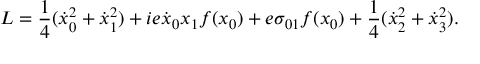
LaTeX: L = { \frac { 1 } { 4 } } ( \dot { x } _ { 0 } ^ { 2 } + \dot { x } _ { 1 } ^ { 2 } ) + i e \dot { x } _ { 0 } x _ { 1 } f ( x _ { 0 } ) + e \sigma _ { 0 1 } f ( x _ { 0 } ) + { \frac { 1 } { 4 } } ( \dot { x } _ { 2 } ^ { 2 } + \dot { x } _ { 3 } ^ { 2 } ) .